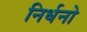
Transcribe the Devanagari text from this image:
निर्धनो